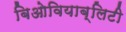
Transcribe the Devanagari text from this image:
बिओवियाब्लिटी